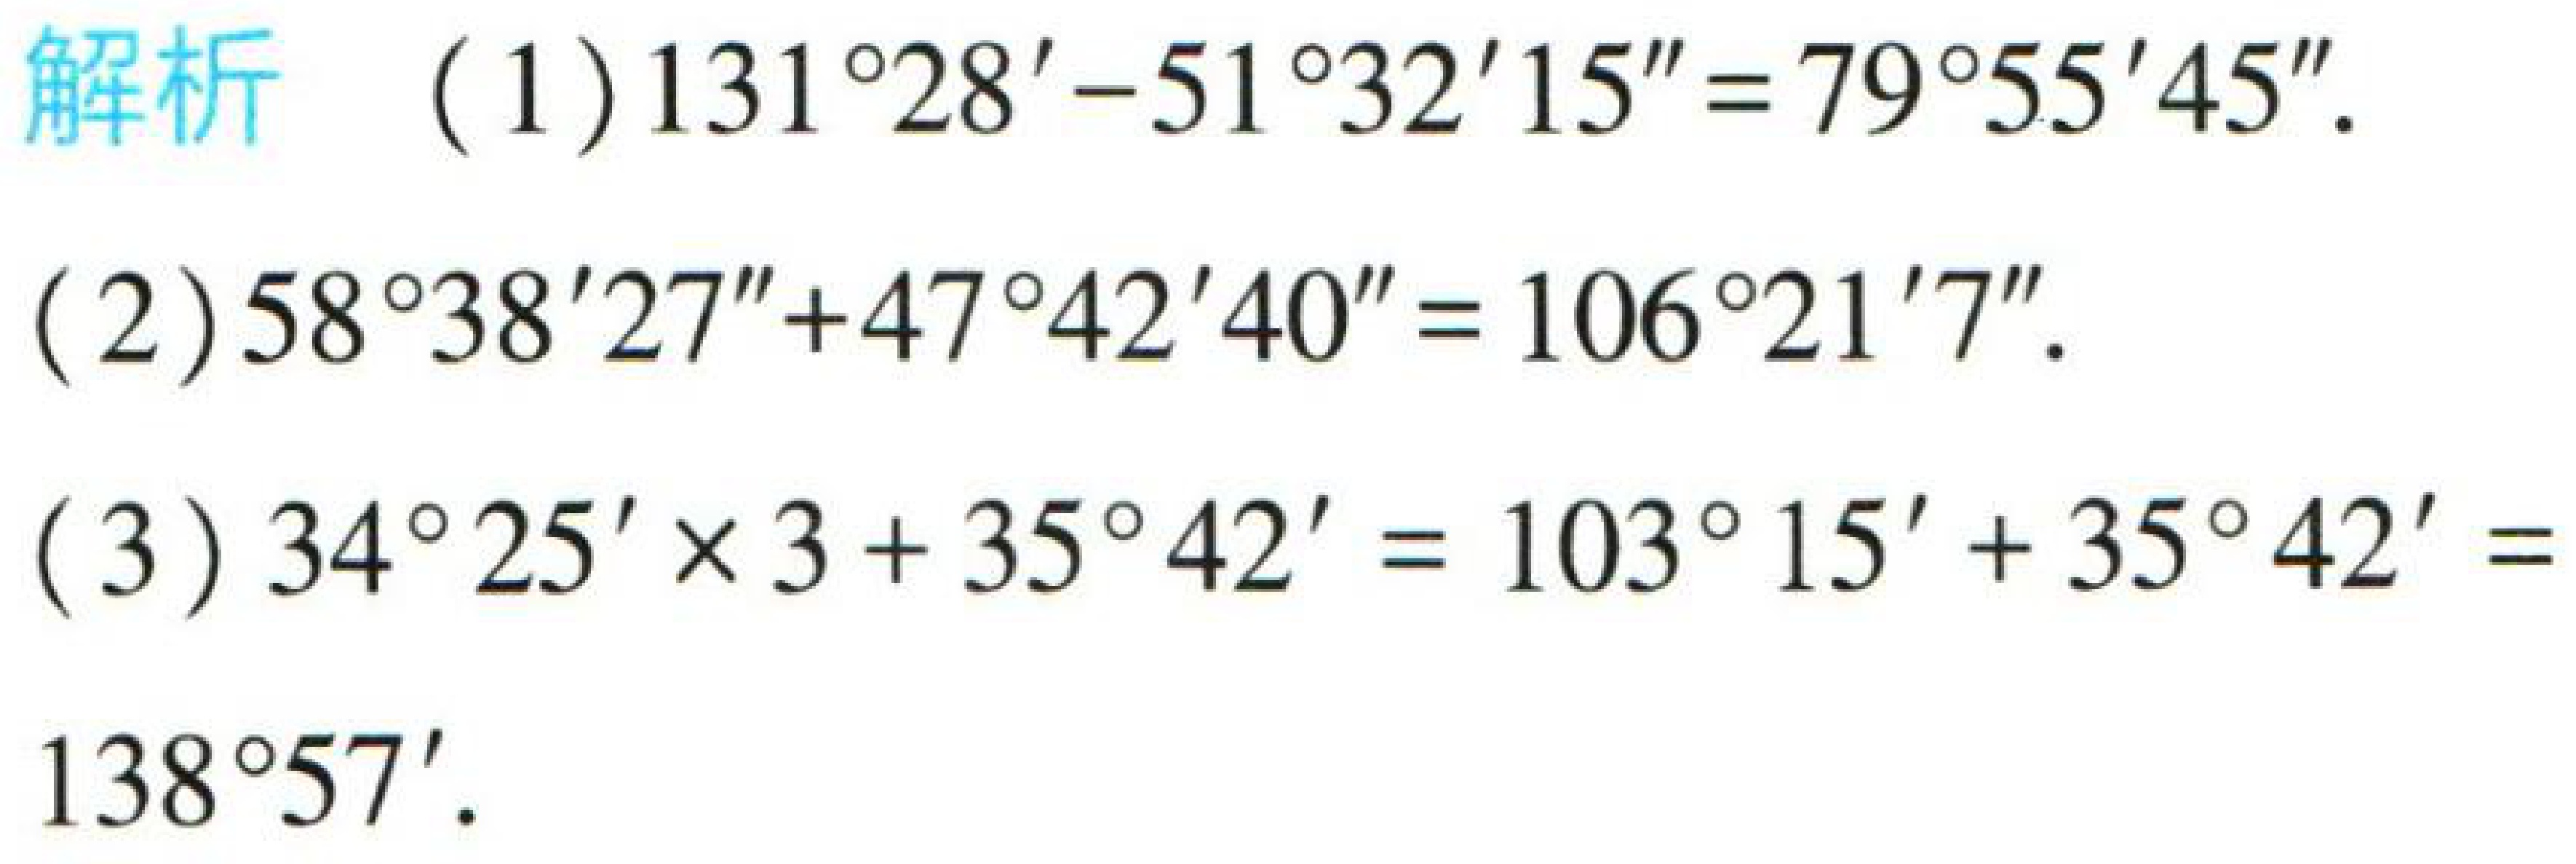
解析

(1) \(131^{\circ}28'-51^{\circ}32'15'' = 79^{\circ}55'45''\).

(2) \(58^{\circ}38'27'' + 47^{\circ}42'40'' = 106^{\circ}21'7''\).

(3) \(34^{\circ}25'\times3 + 35^{\circ}42'=103^{\circ}15'+ 35^{\circ}42'=138^{\circ}57'\).